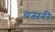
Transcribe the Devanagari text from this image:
यसरी